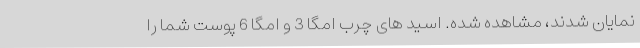
نمایان شدند، مشاهده شده. اسید های چرب امگا 3 و امگا 6 پوست شما را